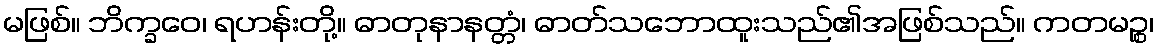
မဖြစ်။ ဘိက္ခဝေ၊ ရဟန်းတို့။ ဓာတုနာနတ္တံ၊ ဓာတ်သဘောထူးသည်၏အဖြစ်သည်။ ကတမဉ္စ၊